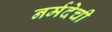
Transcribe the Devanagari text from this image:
नर्मदेची